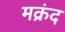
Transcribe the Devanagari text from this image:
मक्रंद